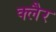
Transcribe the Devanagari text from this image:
क्लैर